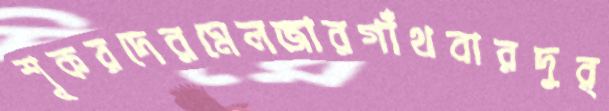
শূকরদেরমেলজারগাঁথবারদুর্